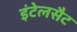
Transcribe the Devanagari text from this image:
इंटेलसैट